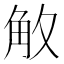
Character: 𮗡